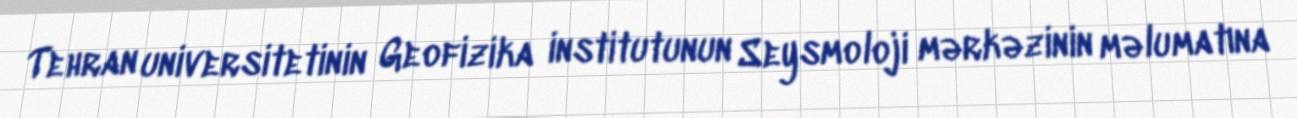
Tehran universitetinin Geofizika institutunun Seysmoloji mərkəzinin məlumatına